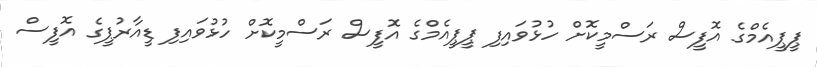
ޕީޕީއެމްގެ އޮފީސް ރަސްމީކޮށް ހުޅުވައިފި ޕީޕީއެމްގެ އޮފީސް ރަސްމީކޮށް ހުޅުވައިފި ޑީއާރުޕީގެ އޮފީސް